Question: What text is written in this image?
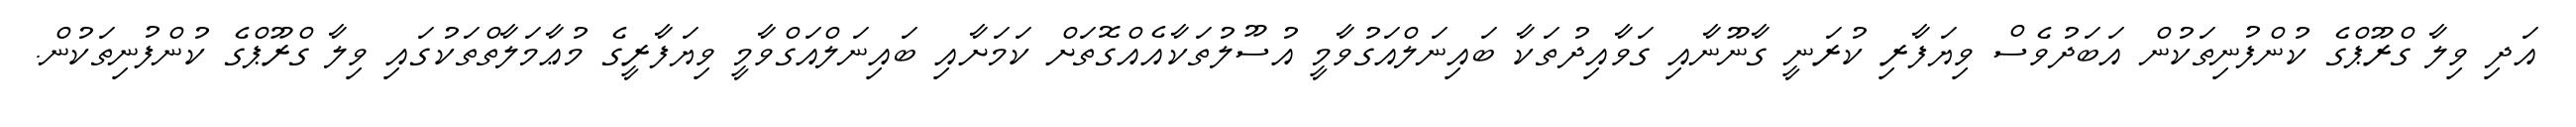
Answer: އަދި ވިލާ ގްރޫޕްގެ ކުންފުނިތަކުން އަބަދުވެސް ވިޔަފާރި ކުރަނީ ގާނޫނާއި ގަވާއިދުތަކާ ބައިނަލްއަގުވާމީ އުސޫލުތަކާއެއްގޮތަށް ކަމަށާއި ބައިނަލްއަގްވާމީ ވިޔަފާރީގެ މުޢާމަލާތްތަކުގައި ވިލާ ގްރޫޕްގެ ކުންފުނިތަކުން.